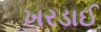
ખરડાઈ